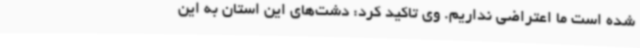
شده است ما اعتراضی نداریم. وی تاکید کرد: دشت‌های این استان به این